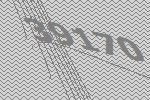
39170